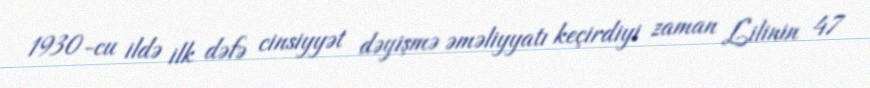
1930-cu ildə ilk dəfə cinsiyyət dəyişmə əməliyyatı keçirdiyi zaman Lilinin 47